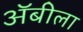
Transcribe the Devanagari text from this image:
अॅबीला